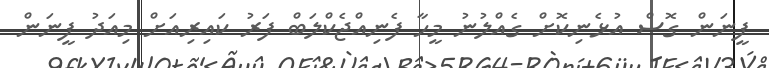
ފީނަން ގޮސް އުޅެނިކޮށް ގެއްލުނު މީހާ ފެނިއްޖެކްލަބް ފަރު ކައިރިއަށް މިއަދު ފީނަން